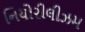
નિયોરીલીઝમ